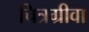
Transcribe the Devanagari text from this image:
चित्रग्रीवा